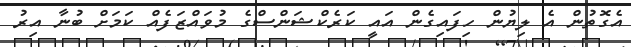
އެގޮތުން އެ ލިޔުން ހިފައިގެން އައީ ކަރެކްޝަންސްގެ މުވައްޒަފެއް ކަމަށް ބުނާ އިރު